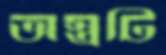
অস্ত্রটি